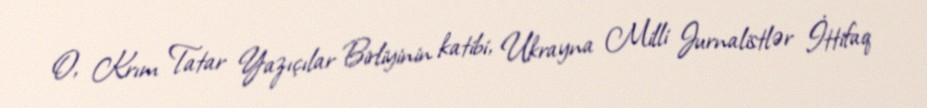
O, Krım Tatar Yazıçılar Birliyinin katibi, Ukrayna Milli Jurnalistlər İttifaq